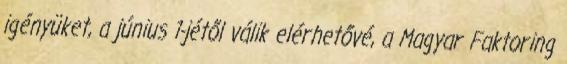
igényüket, a június 1-jétől válik elérhetővé, a Magyar Faktoring